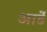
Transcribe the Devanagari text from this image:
आर्डे